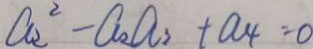
a _ { 2 } ^ { 2 } - a _ { 2 } a _ { 3 } + a _ { 4 } = 0